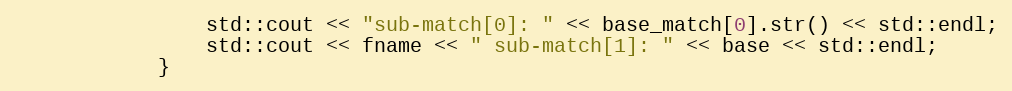
Language: C++
                std::cout << "sub-match[0]: " << base_match[0].str() << std::endl;
                std::cout << fname << " sub-match[1]: " << base << std::endl;
            }